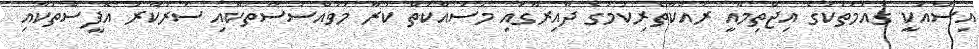
އިސާއަކީ ގައުމުތަކުގެ އިޖްތިމާއީ ރައްކާތެރިކަމުގެ ދާއިރާގައި މަސައްކަތް ކުރާ މުވައްސަސާތަކާއި ސަރުކާރު އޮފީސްތަކާއި